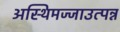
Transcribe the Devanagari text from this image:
अस्थिमज्जाउत्पन्न